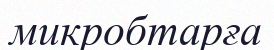
микробтарға